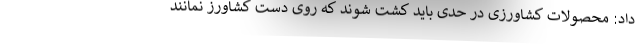
داد: محصولات کشاورزی در حدی باید کشت شوند که روی دست کشاورز نمانند